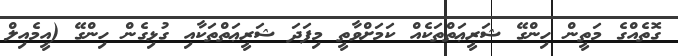
ގޮތެއްގެ މަތީން ހިންގޭ ޝަރީޢަތްތަކެއް ކަމަށްވާތީ މިފަދަ ޝަރީޢަތްތަކާއި ގުޅިގެން ހިންގޭ (އީމެއިލް